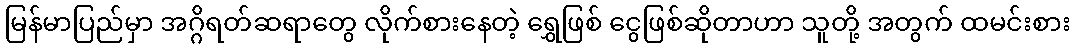
မြန်မာပြည်မှာ အဂ္ဂိရတ်ဆရာတွေ လိုက်စားနေတဲ့ ရွှေဖြစ် ငွေဖြစ်ဆိုတာဟာ သူတို့ အတွက် ထမင်းစား